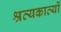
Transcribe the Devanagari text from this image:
श्रव्यकाव्यों